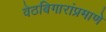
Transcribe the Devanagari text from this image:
वेठबिगारांप्रमाणे